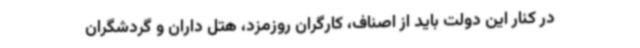
در کنار این دولت باید از اصناف، کارگران روزمزد، هتل داران و گردشگران